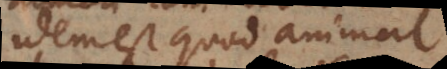
idem est quod animal,